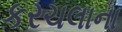
કરચલાના